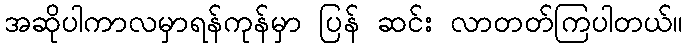
အဆိုပါကာလမှာရန်ကုန်မှာ ပြန် ဆင်း လာတတ်ကြပါတယ်။